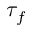
\tau _ { f }